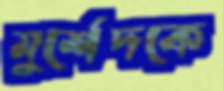
মুর্শেদকে